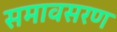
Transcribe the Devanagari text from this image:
समावसरण